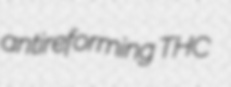
antireforming THC